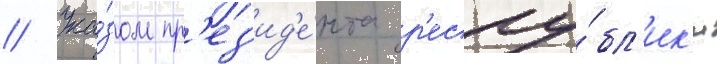
// Ука́зом пр'ез'ид'е́нта р'еспу́бл'ик'и